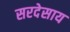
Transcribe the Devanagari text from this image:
सरदेसाय